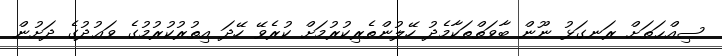
ސިއްޙަތަށް ރަނގަޅު ނޫން ބާވަތްތަކާމެދު ހޭލުންތެރިކުރުމަށް ކުރެވޭ ހޭދަ އިތުރުކުރުމުގެ ވަޢުދުގެ ދަށުން